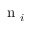
\mathrm { ~ n ~ } _ { i }